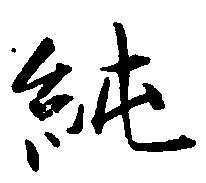
純